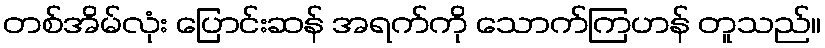
တစ်အိမ်လုံး ပြောင်းဆန် အရက်ကို သောက်ကြဟန် တူသည်။